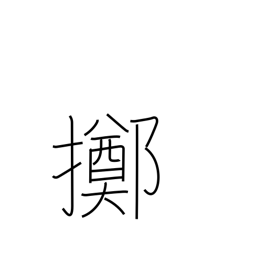
Meaning: resign